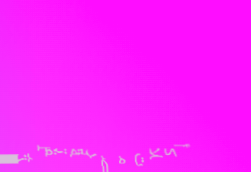
أكلات مصرية تقليدية في مط